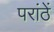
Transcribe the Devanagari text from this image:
परांठें